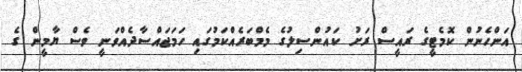
އަންހެނުން ކޮމެޓީގެ ރައީސް ރަށު ކައުންސިލުގެ މެމްބަރެއްކަމުގައި ހަމަޖައްސާދެއްވަނީ ވެސް ޔާމީން ގެ